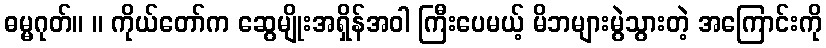
ဓမ္မဂုတ်။ ။ ကိုယ်တော်က ဆွေမျိုးအရှိန်အဝါ ကြီးပေမယ့် မိဘများမွဲသွားတဲ့ အကြောင်းကို